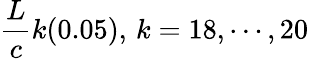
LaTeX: {\frac{L}{c}}k(0.05),\, k=18,\cdots,20